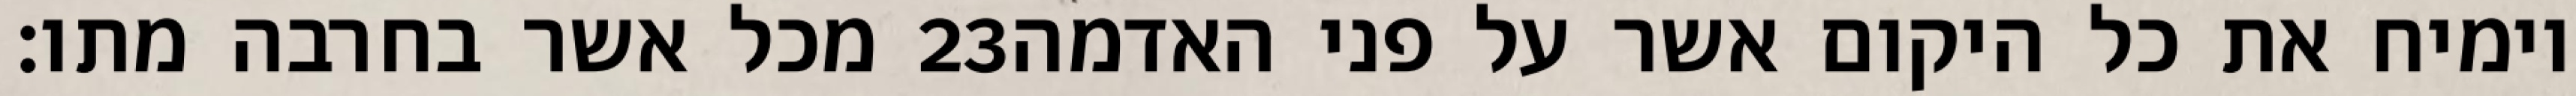
מכל אשר בחרבה מתו׃ ‎23‏ וימיח את כל היקום אשר על פני האדמה